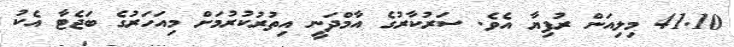
41.10 މިލިއަން ރުފިޔާ އެވެ. ސަރުކާރުގެ އާމްދަނީ އިތުރުކުރުމަށް މިއަހަރުގެ ބަޖެޓާ އެކު